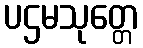
ပဌမသုတ္တေ